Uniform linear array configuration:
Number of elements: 16
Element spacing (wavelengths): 1
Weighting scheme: cosine
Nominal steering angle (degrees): -60
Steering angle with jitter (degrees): -60.713
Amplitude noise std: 0.05
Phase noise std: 0.05

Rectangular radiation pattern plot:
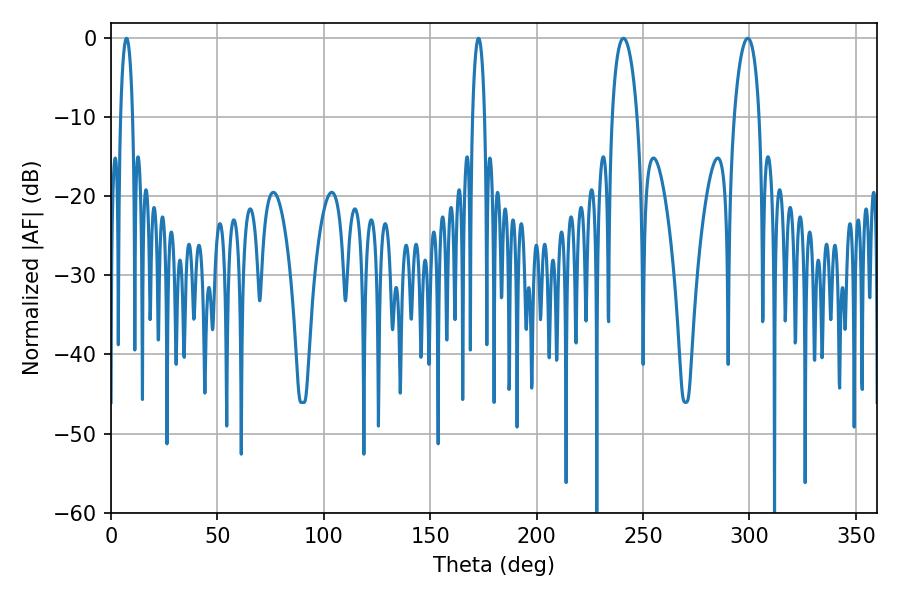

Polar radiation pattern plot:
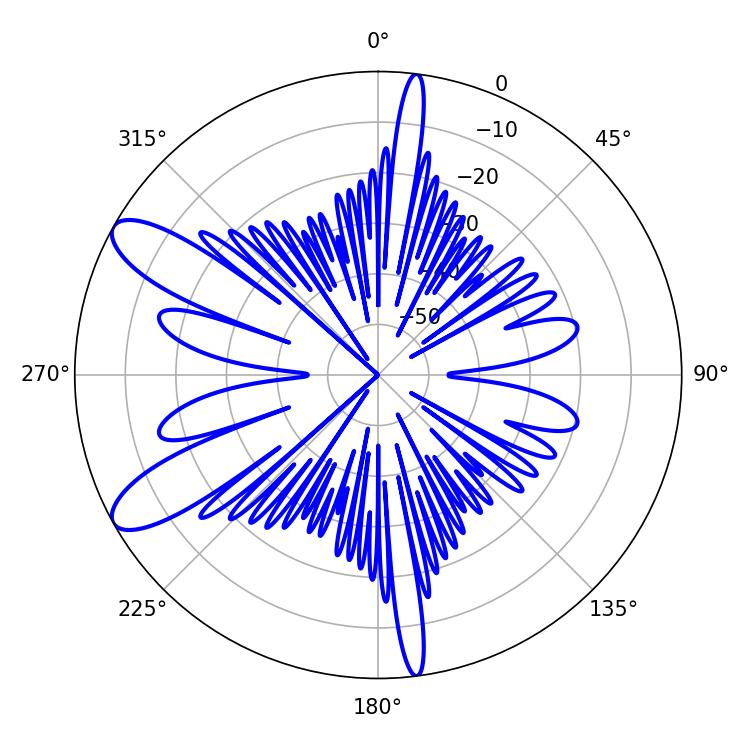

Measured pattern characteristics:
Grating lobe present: TRUE
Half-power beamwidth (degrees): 6.66
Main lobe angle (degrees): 240.84